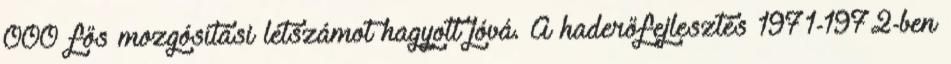
000 fős mozgósítási létszámot hagyott jóvá. A haderőfejlesztés 1971-1972-ben